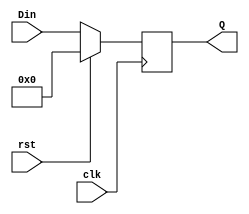
module dff8(Din,Q,clk,rst);
input signed  [7:0]Din;
input clk,rst;
output reg signed [7:0] Q;
always@(posedge clk)
begin
if(rst)
Q<=0;
else
Q<=Din;
end
endmodule